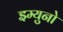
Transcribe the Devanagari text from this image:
इम्युनो